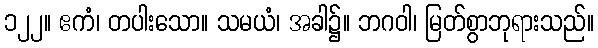
၁၂၂။ ဧကံ၊ တပါးသော။ သမယံ၊ အခါ၌။ ဘဂဝါ၊ မြတ်စွာဘုရားသည်။